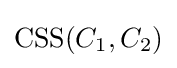
{\text{CSS}}(C_{1},C_{2})